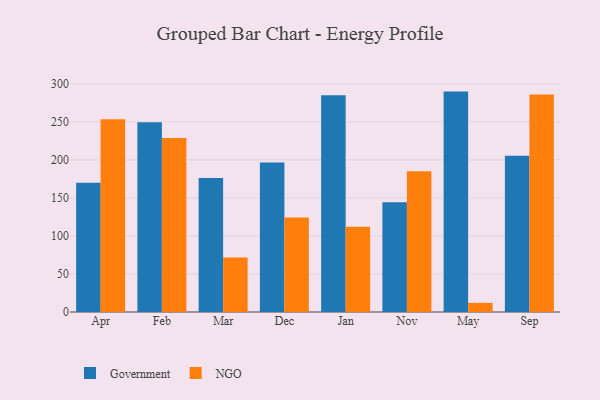
{"axis": {"x": "Month", "y": "Market Share (%)"}, "legend": ["Government", "NGO"], "data": [{"x": "Apr", "y": 170.0, "type": "Government"}, {"x": "Apr", "y": 253.3, "type": "NGO"}, {"x": "Feb", "y": 249.5, "type": "Government"}, {"x": "Feb", "y": 228.8, "type": "NGO"}, {"x": "Mar", "y": 176.1, "type": "Government"}, {"x": "Mar", "y": 71.6, "type": "NGO"}, {"x": "Dec", "y": 196.6, "type": "Government"}, {"x": "Dec", "y": 124.4, "type": "NGO"}, {"x": "Jan", "y": 285.1, "type": "Government"}, {"x": "Jan", "y": 112.0, "type": "NGO"}, {"x": "Nov", "y": 144.4, "type": "Government"}, {"x": "Nov", "y": 185.1, "type": "NGO"}, {"x": "May", "y": 289.8, "type": "Government"}, {"x": "May", "y": 12.0, "type": "NGO"}, {"x": "Sep", "y": 205.6, "type": "Government"}, {"x": "Sep", "y": 285.9, "type": "NGO"}]}